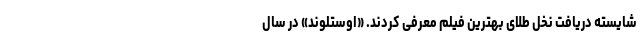
شایسته دریافت نخل طلای بهترین فیلم معرفی کردند. «اوستلوند» در سال